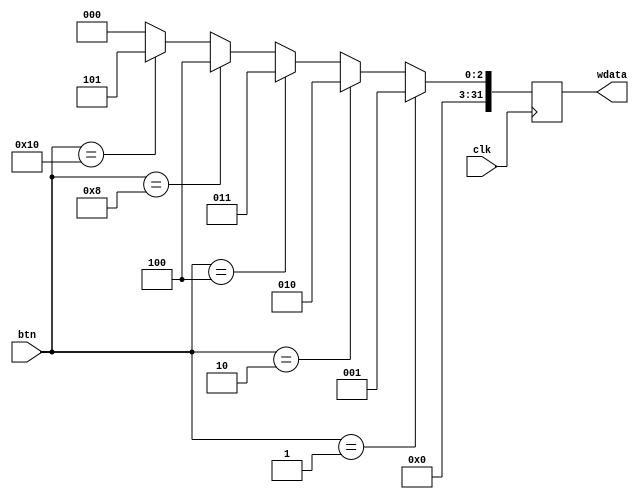
`timescale 1ns / 1ps
//////////////////////////////////////////////////////////////////////////////////
// Company: 
// Engineer: 
// 
// Design Name: 
// Module Name:    btn 
// Project Name: 
// Target Devices: 
// Tool versions: 
// Description: 
//
// Dependencies: 
//
// Revision: 
// Revision 0.01 - File Created
// Additional Comments: 
//
//////////////////////////////////////////////////////////////////////////////////
module btn_module(
    input clk,
    input wire[4:0] btn,
    output reg [31:0] wdata
    );

    always @ (posedge clk) begin
        if(btn == 1) begin
            wdata <= 1;
        end else if (btn == 2) begin
            wdata <= 2;
        end else if (btn == 4) begin
            wdata <= 3;
        end else if (btn == 8) begin
            wdata <= 4;
        end else if (btn == 16) begin
            wdata <= 5;
        end else begin
            wdata <= 0;
        end
    end
endmodule